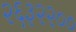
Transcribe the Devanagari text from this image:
२६३२२००